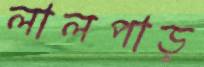
লালপাড়